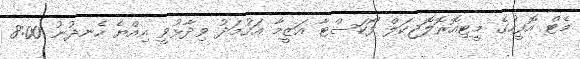
މެޓް އޮފީހުގެ މީޓިއޮރޮލޮޖިކަލް ފޯކަސްޓާ އަޒީމާ އަހުމަދު ވިދާޅުވީ އިއްޔެ ހެނދުނު 8:00